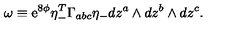
\omega \equiv \mathrm { e } ^ { 8 \phi } \eta _ { - } ^ { T } \Gamma _ { a b c } \eta _ { - } d z ^ { a } \wedge d z ^ { b } \wedge d z ^ { c } .